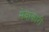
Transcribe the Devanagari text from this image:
सेवाकारी